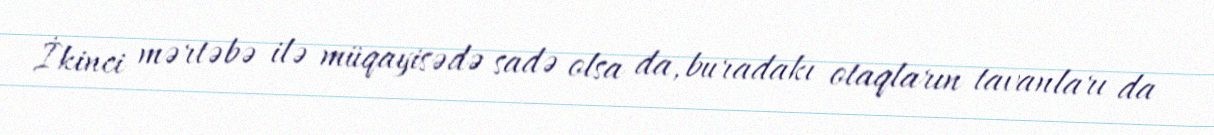
İkinci mərtəbə ilə müqayisədə sadə olsa da, buradakı otaqların tavanları da